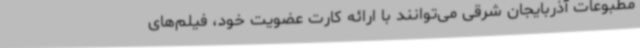
مطبوعات آذربایجان شرقی می‌توانند با ارائه کارت عضویت خود، فیلم‌های